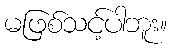
မဖြစ်သင့်ပါဘူး။